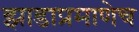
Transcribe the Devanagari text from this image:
झाडाप्रमाणेच